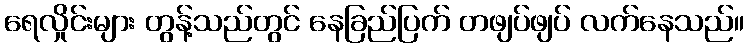
ရေလှိုင်းများ တွန့်သည်တွင် နေခြည်ပြက် တဖျပ်ဖျပ် လက်နေသည်။